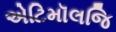
એટિમૉલજિ